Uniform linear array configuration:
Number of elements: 24
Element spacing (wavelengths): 0.75
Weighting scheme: kaiser
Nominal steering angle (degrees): -30
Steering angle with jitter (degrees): -28.124
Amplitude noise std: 0.05
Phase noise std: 0.05

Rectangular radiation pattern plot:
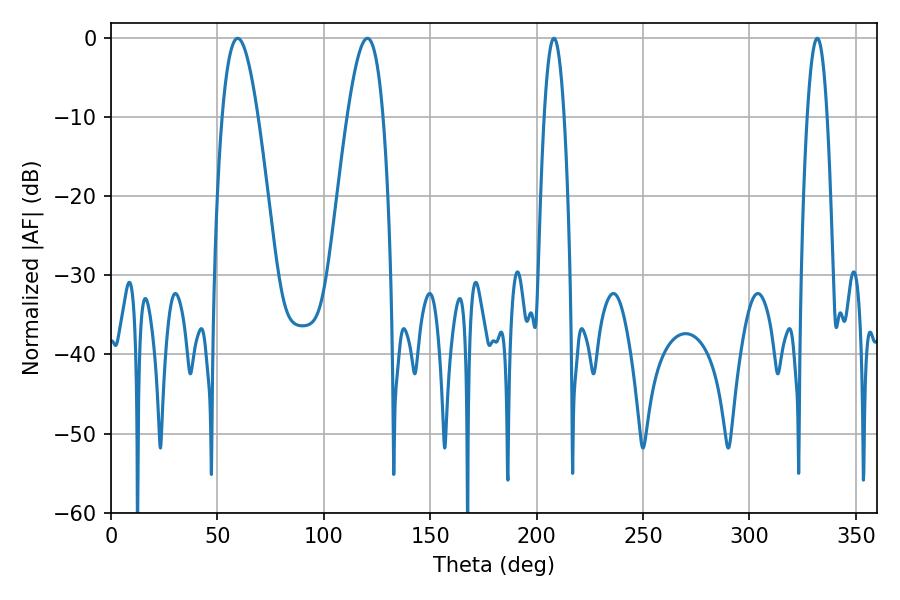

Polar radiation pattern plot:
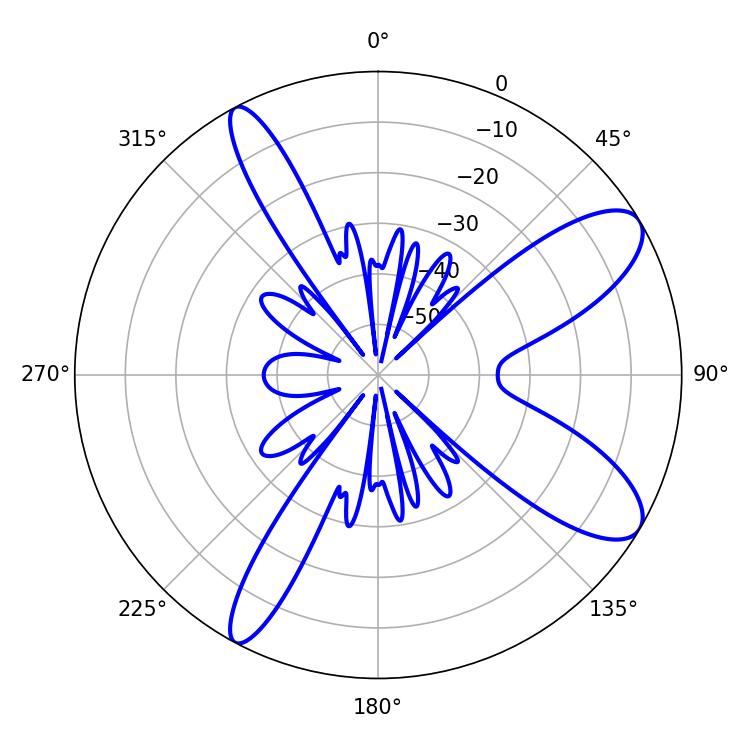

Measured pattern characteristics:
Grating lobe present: TRUE
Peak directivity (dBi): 9.821
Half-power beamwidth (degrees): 9.18
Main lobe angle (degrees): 59.58